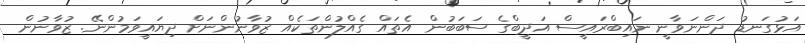
އަޅުގަނޑު ދަންނަވާނީ ނައިބްރައީސް އަދީބްގެ ސަބަބުން އެތައް ގެއްލުންތަކެއް ޒުވާނުންނަށް ދިޔައީވަމުންނޭ. ޒުވާނުން